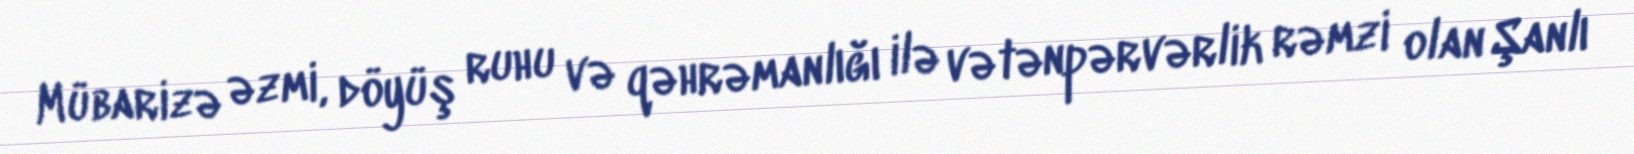
Mübarizə əzmi, döyüş ruhu və qəhrəmanlığı ilə vətənpərvərlik rəmzi olan Şanlı